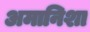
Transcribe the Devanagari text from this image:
अमानिशा